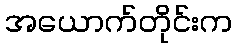
အယောက်တိုင်းက